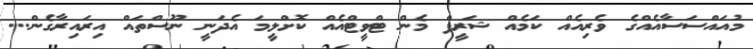
މުއައްސަސާއެއްގެ ވެރިއެއް ކަމެއް ޝަރީފް މެން ޓްވީޓްއެއް ކޮށްލީމަ އެދަނީ ނޫސްތައް އިރައިރާގެން...